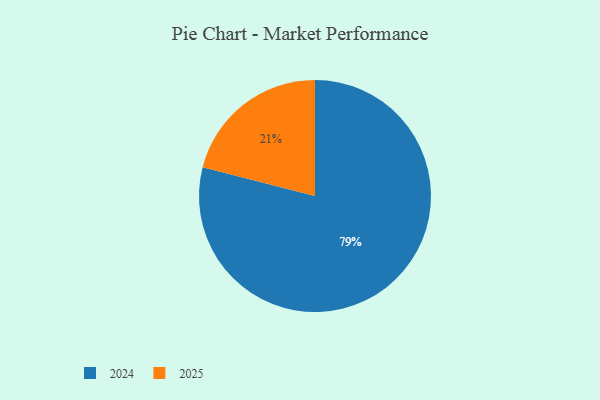
{"axis": {"x": "Category", "y": "Percentage"}, "legend": ["2024", "2025"], "data": [{"x": "2025", "y": 21, "type": "2025"}, {"x": "2024", "y": 79, "type": "2024"}]}